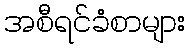
အစီရင်ခံစာများ